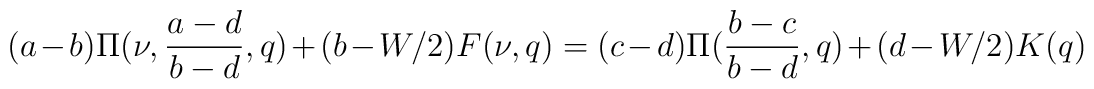
(a-b)\Pi(\nu,\frac{a-d}{b-d},q) + (b-W/2)F(\nu,q) =(c-d)\Pi(\frac{b-c}{b-d},q)+ (d-W/2)K(q)